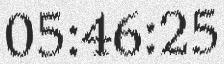
05:46:25